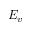
E _ { v }